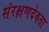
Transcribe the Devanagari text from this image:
संरक्षणदेवता